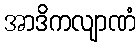
အာဒိကလျာဏံ